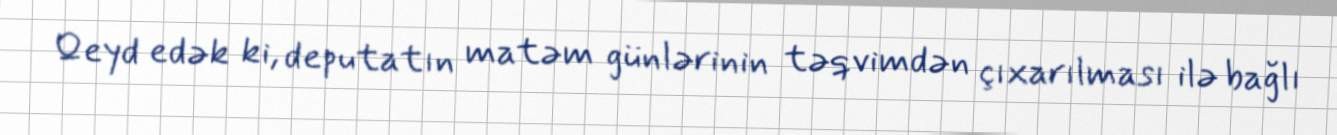
Qeyd edək ki, deputatın matəm günlərinin təqvimdən çıxarılması ilə bağlı